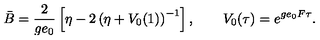
\bar { B } = \frac { 2 } { g e _ { 0 } } \left[ \eta - 2 \left( \eta + V _ { 0 } ( 1 ) \right) ^ { - 1 } \right] , \qquad V _ { 0 } ( \tau ) = e ^ { g e _ { 0 } F \tau } .